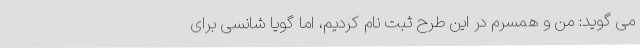
می گوید: من و همسرم در این طرح ثبت نام کردیم، اما گویا شانسی برای